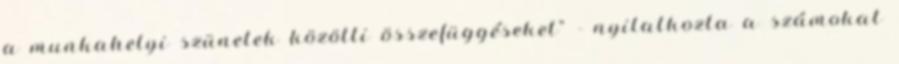
a munkahelyi szünetek közötti összefüggéseket" - nyilatkozta a számokat